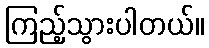
ကြည့်သွားပါတယ်။